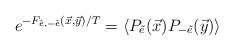
LaTeX: \begin{align*}e^{-F_{\tilde e,-\tilde e}(\vec x,\vec y)/T}=\langle P_{\tilde e}(\vec x)P_{-\tilde e}(\vec y)\rangle\end{align*}